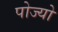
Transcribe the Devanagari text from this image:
पोज्यो